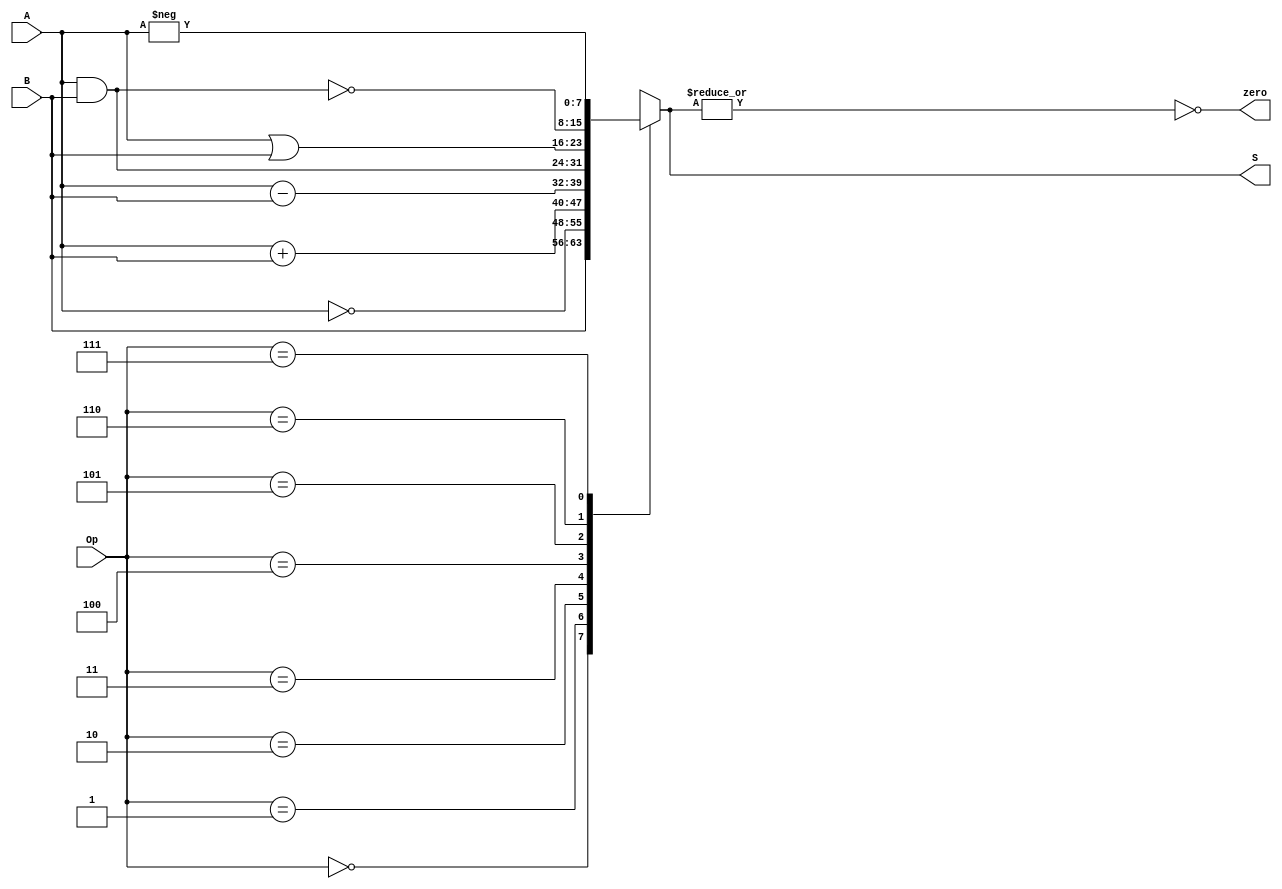
module alu(output reg [7:0] S,    // Salida de la ALU
           output reg zero,       // Flag de cero
           input wire [7:0] A, B, // Operandos
           input wire [2:0] Op    // Eleccin de operacin a realizar
           );
// Una ALU simple que puede realizar 8 operaciones diferentes, y que devuelve el resultado, adems de flags de cero y acarreo
	   
always @(A, B, Op)
begin
  case (Op)              
    3'b000: S = B; 
    3'b001: S = ~A;
    3'b010: S = A + B;
    3'b011: S = A - B;
    3'b100: S = A & B;
    3'b101: S = A | B;
    3'b110: S = ~(A & B); //NAND para operaciones con dato inmediato
    3'b111: S = -A;
	default: S = 'bx; //desconocido en cualquier otro caso (x | z), por si se modifica el cdigo
  endcase
  //Calculo del flag de cero
  zero = ~(|S);   //operador de reduccin |y hace la or de los bits del vector 'y' y devuelve 1 bit resultado
end
	   
endmodule